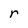
Character: r